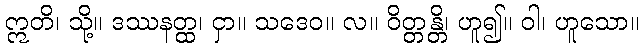
ဣတိ၊ သို့။ ဒဿနတ္ထ၊ ငှာ။ သဒေဝ။ လ။ ဝိတ္တန္တိ၊ ဟူ၍။ ဝါ၊ ဟူသော။